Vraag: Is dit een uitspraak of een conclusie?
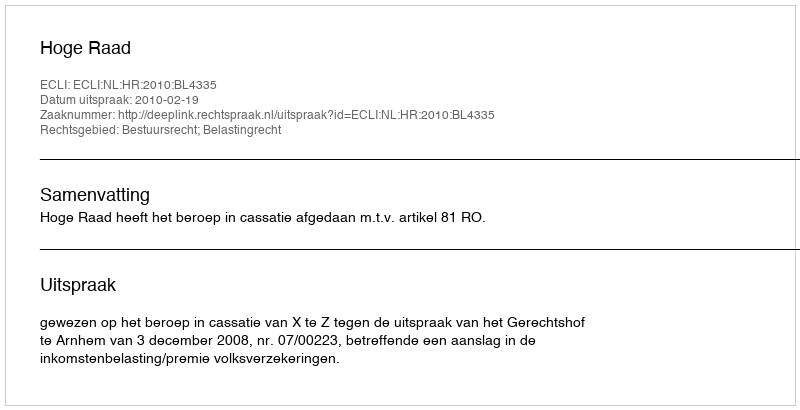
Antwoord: Uitspraak